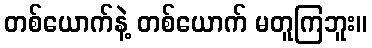
တစ်ယောက်နဲ့ တစ်ယောက် မတူကြဘူး။